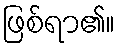
ဖြစ်ရာ၏။